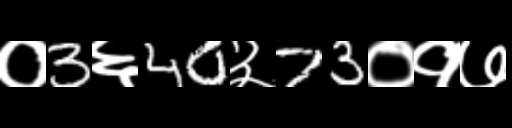
Text: ०3६40३73०१७